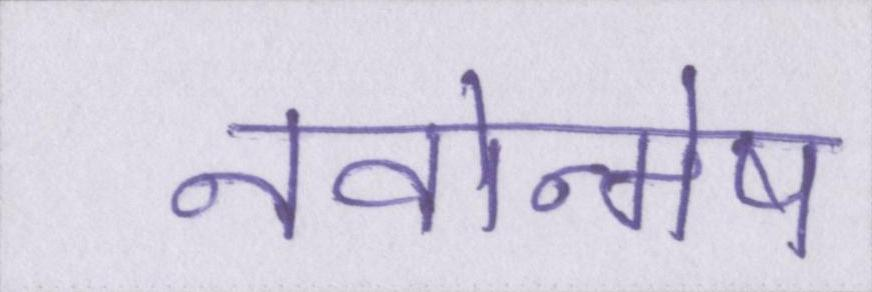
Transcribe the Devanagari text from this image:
नवोन्मेष